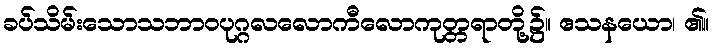
ခပ်သိမ်းသောသဘာဝပုဂ္ဂလလောကီလောကုတ္တရာတို့၌။ ဧသနယော၊ ၏။